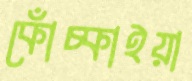
কোঁচ্‌কাইয়া